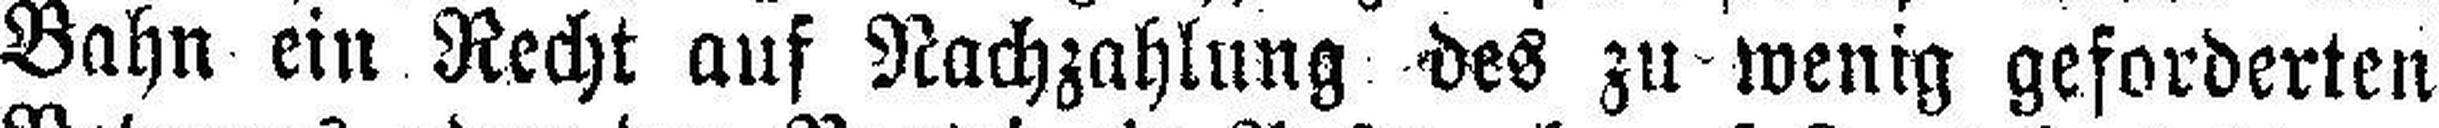
Bahn ein Recht auf Nachzahlung des zu wenig geforderten